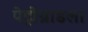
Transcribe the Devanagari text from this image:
पेट्रोग्राडला